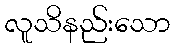
လူသိနည်းသော